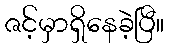
ဇင့်မှာရှိနေခဲ့ပြီ။